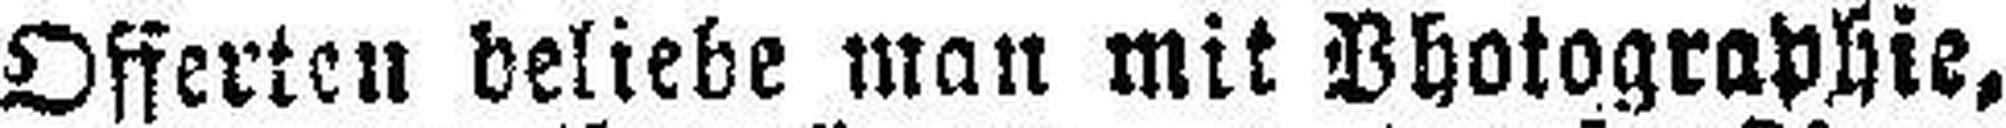
Offerten beliebe man mit Photographie,